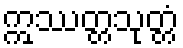
ဣဿတ္တသုတ္တံ